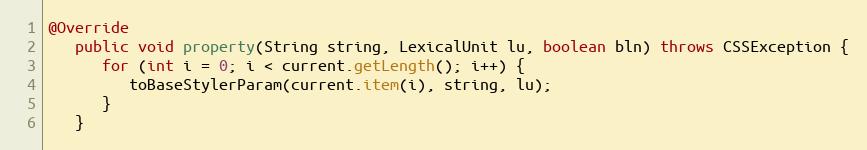
Language: Java
@Override
   public void property(String string, LexicalUnit lu, boolean bln) throws CSSException {
      for (int i = 0; i < current.getLength(); i++) {
         toBaseStylerParam(current.item(i), string, lu);
      }
   }